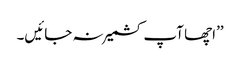
’’اچھا آپ کشمیر نہ جائیں۔